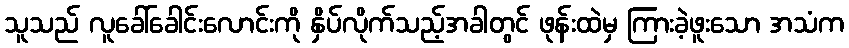
သူသည် လူခေါ်ခေါင်းလောင်းကို နှိပ်လိုက်သည့်အခါတွင် ဖုန်းထဲမှ ကြားခဲ့ဖူးသော အသံက